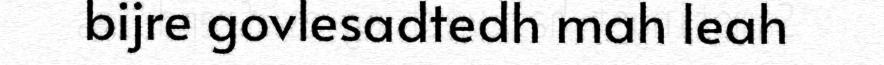
bijre govlesadtedh mah leah